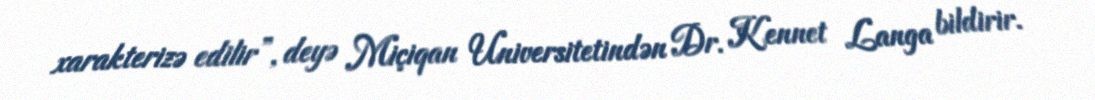
xarakterizə edilir”, deyə Miçiqan Universitetindən Dr. Kennet Langa bildirir.